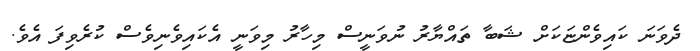
ދެވަނަ ކައިވެންޏަކަށް ޝަބާ ތައްޔާރު ނުވަނީސް މިހާރު މިވަނީ އެކައިވެނިވެސް ކުރެވިފަ އެވެ.